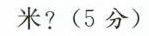
米?(5分)